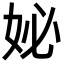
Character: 妼